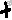
Text: +